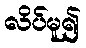
လိပ်မူ၍